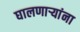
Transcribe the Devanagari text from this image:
घालणाऱ्यांना